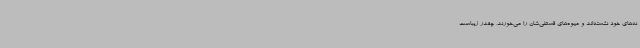
نه‌های خود نشسته‌اند و میوه‌های قسطی‌شان را می‌خورند، چقدر زیباست